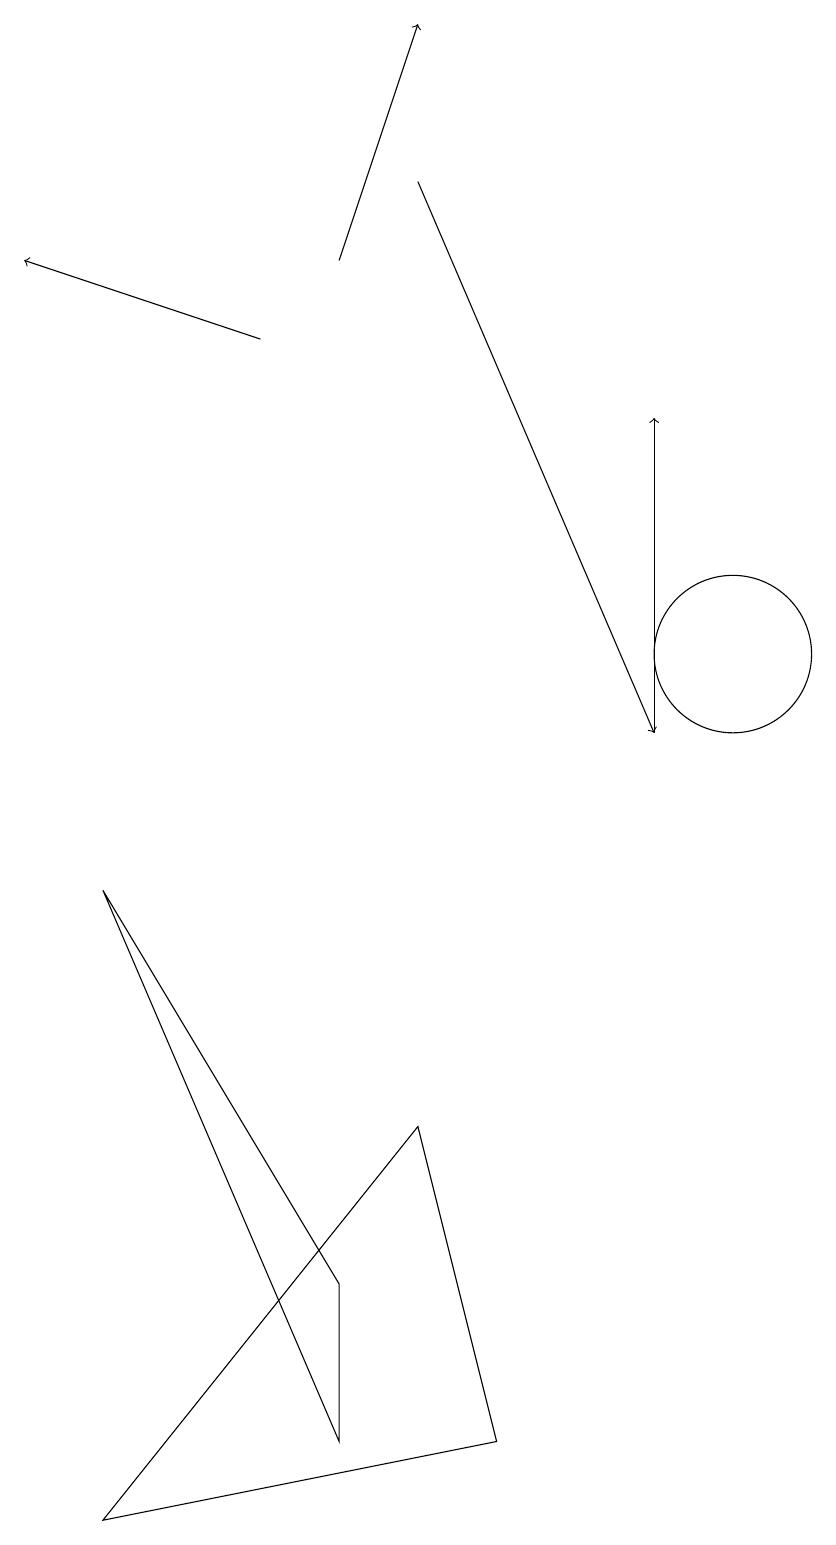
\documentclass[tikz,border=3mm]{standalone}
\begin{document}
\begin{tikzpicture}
\draw[->] (6,17) -- (9,10);
\draw[->] (5,16) -- (6,19);
\draw (5,3) -- (5,1) -- (2,8) -- cycle;
\draw (10,11) circle (1);
\draw (6,5) -- (7,1) -- (2,0) -- cycle;
\draw[->] (4,15) -- (1,16);
\draw[->] (9,10) -- (9,14);
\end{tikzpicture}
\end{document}